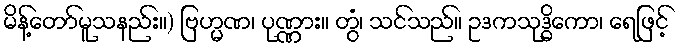
မိန့်တော်မူသနည်း။) ဗြဟ္မဏ၊ ပုဏ္ဏား။ တွံ၊ သင်သည်။ ဥဒကသုဒ္ဓိကော၊ ရေဖြင့်